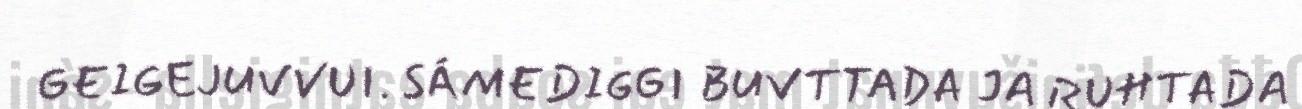
GEIGEJUVVUI. SÁMEDIGGI BUVTTADA JA RUHTADA